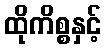
ထိုကိစ္စနှင့်